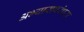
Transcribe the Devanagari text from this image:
अभ्यासपरंपरा